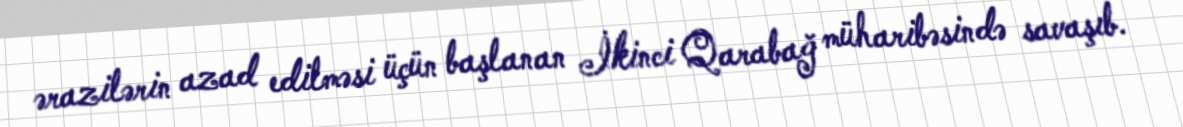
ərazilərin azad edilməsi üçün başlanan İkinci Qarabağ müharibəsində savaşıb.